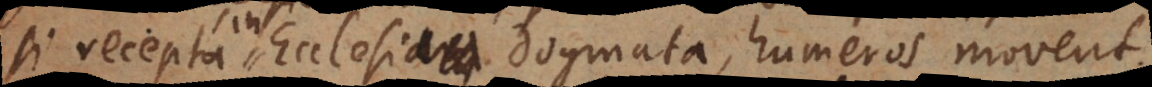
in Ecclesia dogmata, humeros movent.